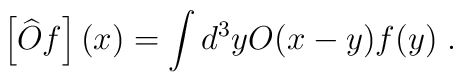
\left[ \widehat{O}f\right] (x)=\int d^{3}yO(x-y)f(y)\;.